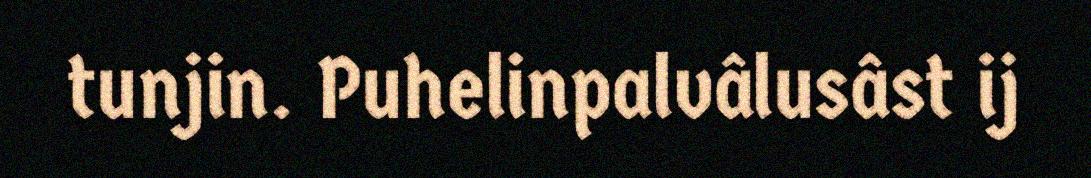
tunjin. Puhelinpalvâlusâst ij